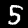
Label: 5